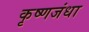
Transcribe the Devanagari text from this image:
कृष्णजंधा